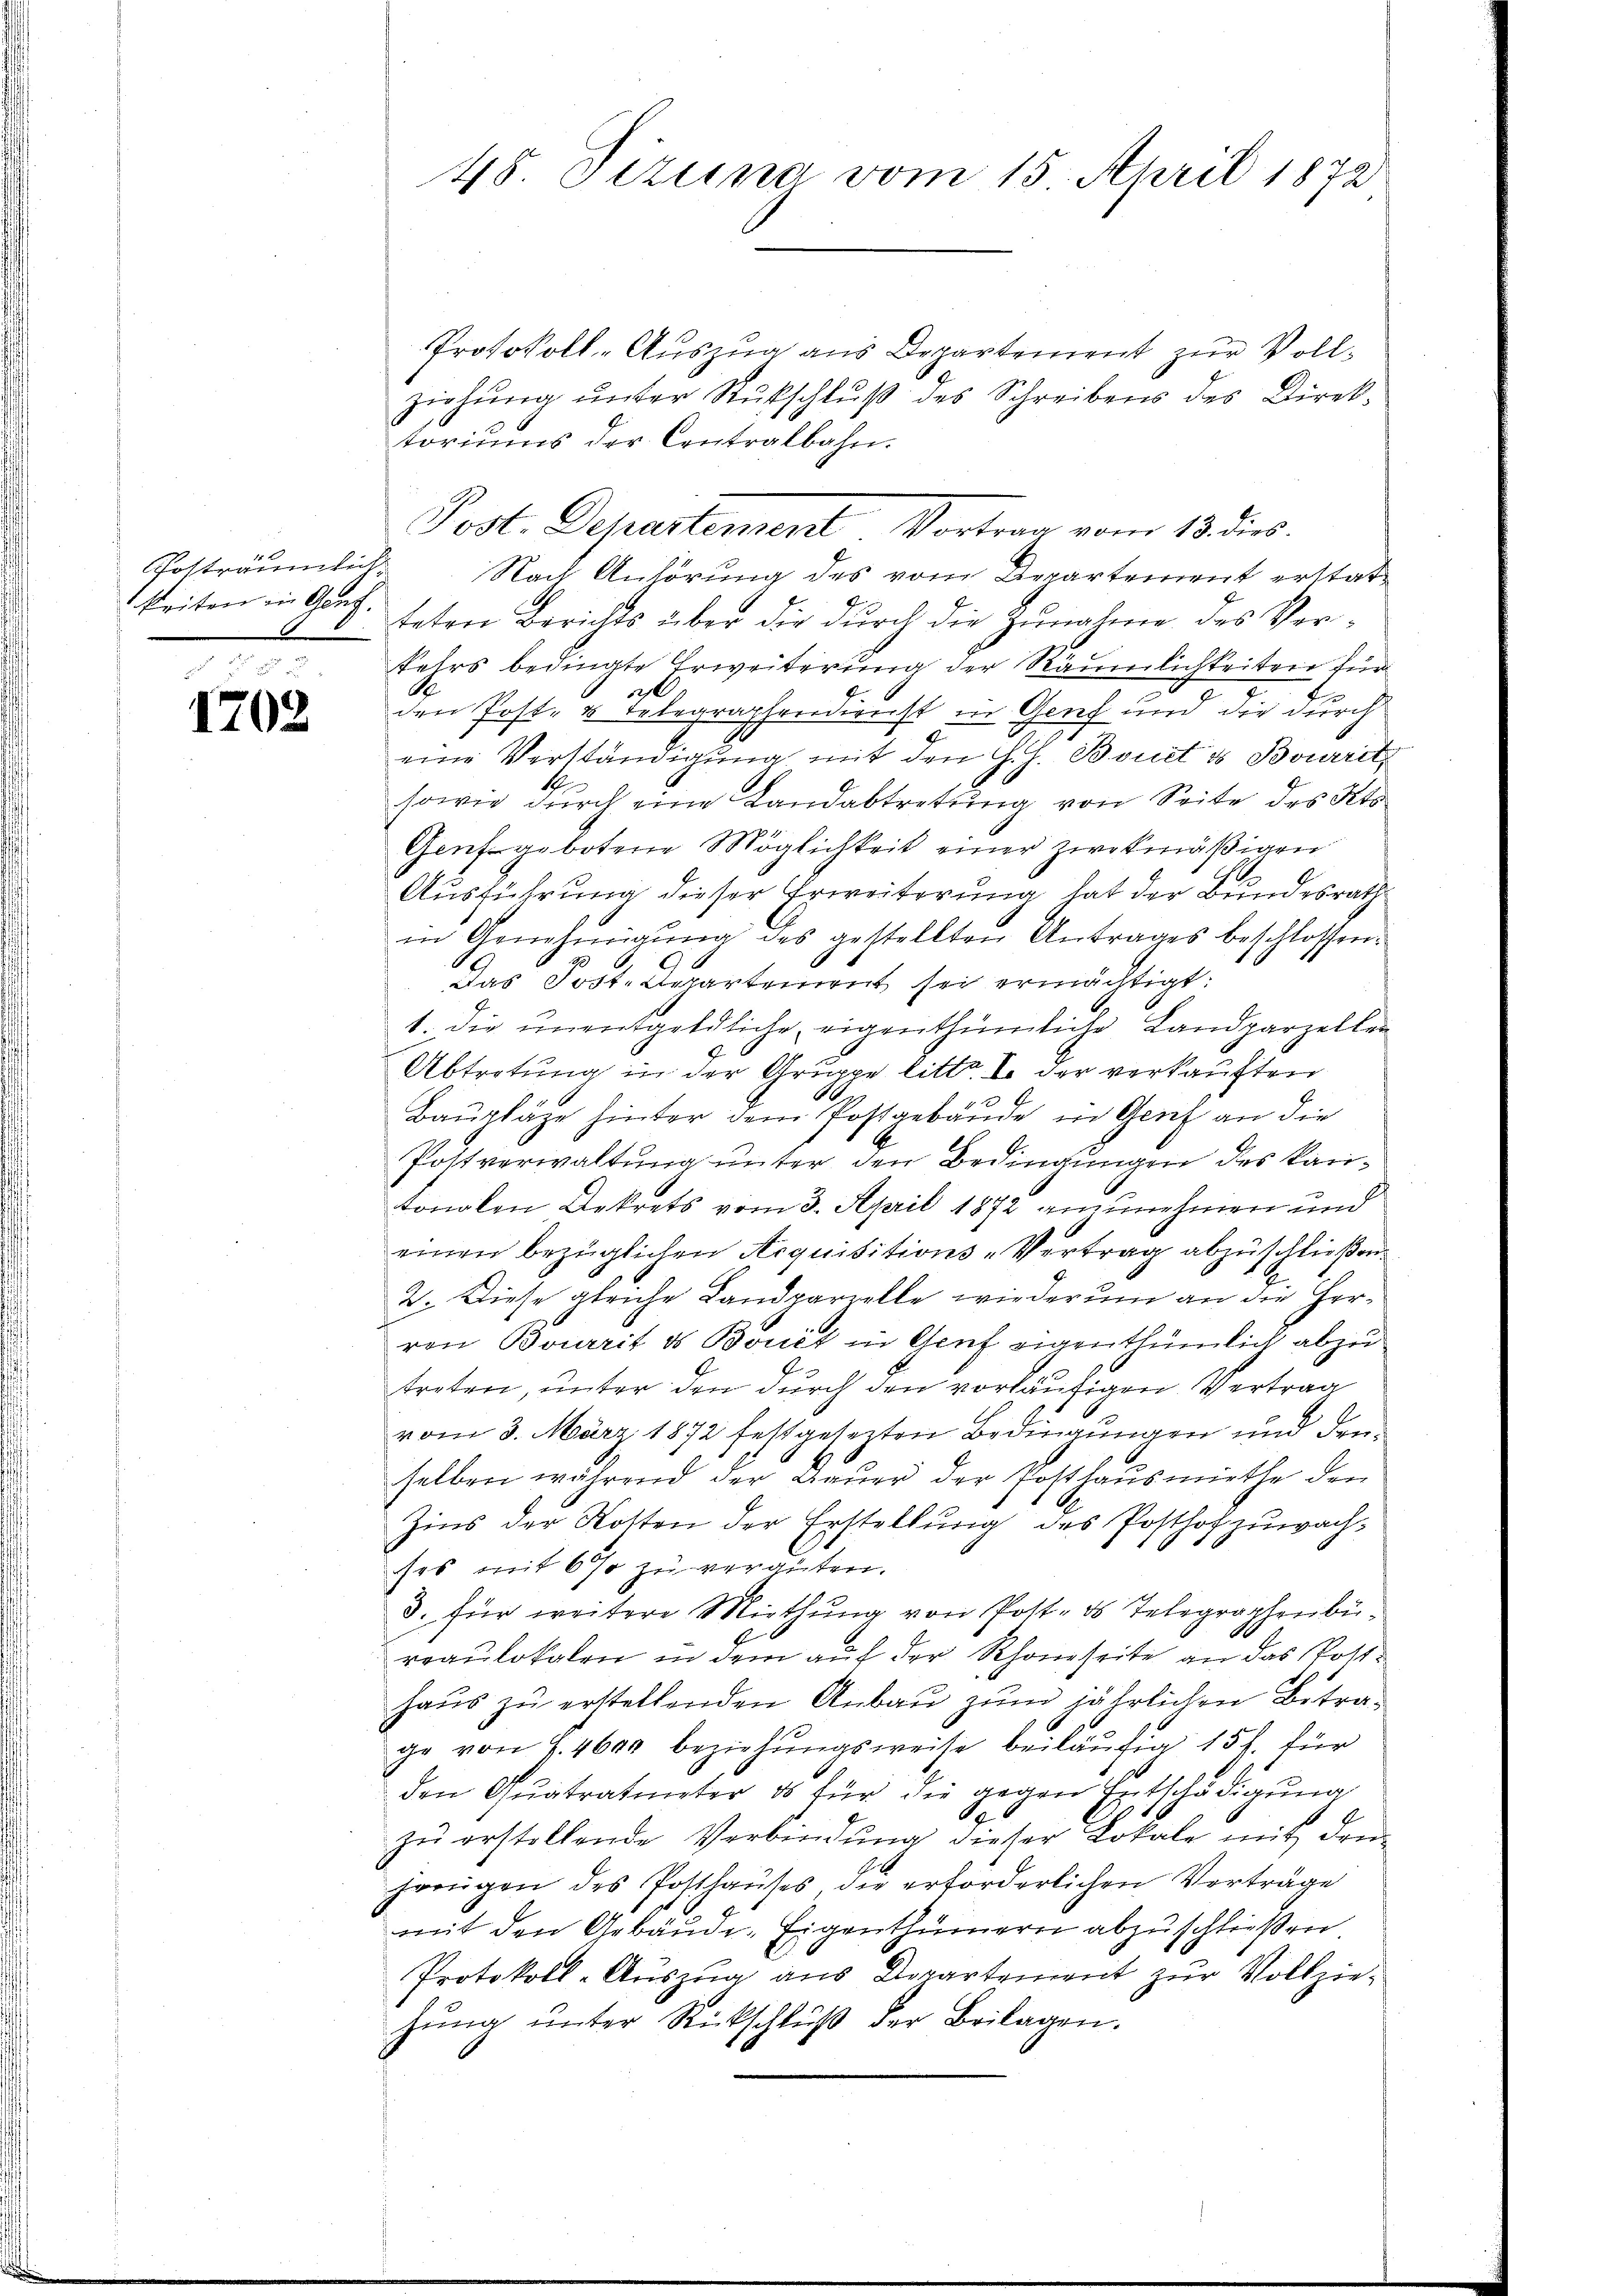
keiten in Graf.

1702.

Protokoll-Auszug aus Departement zur Vollziehŭng ŭnter Rückschluß des Schreibens des Direktoriums der Contralbahn.
Potträumliche Nach Anhörung des vom Departement erstatteten Berichts über dir durch die Zunahme des Verkehrs bedingte Erweiterung der Räumlichkeiten für
1
a
den Post- & Telegraphendienst in Genf und die durch
eine Verständigung mit den G. H. Bonet ds Bourrit
sowie durch eine Landabtretung von Seite des Kts
Genf gebotene Möglichkeit einer zwekmäßigen
Ausführung dieser Erweiterung hat der Bundesrath
in Genehmigŭng des gestellten Antrages beschlossen.
Das Post. Departement sei ermächtigt:
1. Die unentgeldliche eigenthümliche Landparzellen
Abtretung in der Gruppe litto. I. der verkauften
Baupläge hinter dem Postgebäude in Genf an die
Postverwaltung unter den Bedingungen des karitonalen Dekrets vom 3. April 1872 anzunehmen und
einen bezüglichen Acquisitions-Vertrag abzuschließen.
2. Diese gleiche Landparielle wiederum an die Herren Bourrit ds Bonet in Genf eigenthümlich abzutreten, unter den durch den vorläufigen Vertrag
vom 3. März 1872 festgesezten Bedingungen und denselben während der Bauer der Posthausmiethe den
Zins der Rotten der Erstellung des Posthof zuwachses mit 6% zu veranten.
3. für weitere Miethung von Post. des Telegraphenbü¬
1
veaulokalen in dem auf der Rhoneseite an das Potthaus zu erstellenden Anbau zum jährlichen Betrage von 2. 4600 beziehungsweise beiläufig 15 f. für
den Quatratmeter es für die gegen Entschädigung
zu erstellende Verbindung dieser Lokale mit den
hrrŭgen des Posthaŭses, die erforderlichen Verträge
mit den Gebäude-Eigenthümern abzuschließen
Protokoll-Auszug aus Departement zur Vollziehŭng ŭnter Rückschlŭβ der Beilagen.

48. Pezuna vom 15. April 1872

Post. Departement Vortrag vom 18. dies